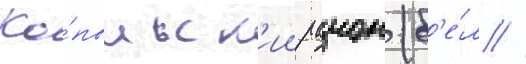
Ко́пыльск'ии раион (б'е́л //